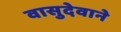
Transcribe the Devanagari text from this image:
वासुदेवाने